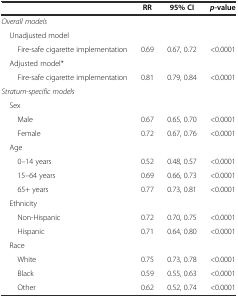
<table><thead><tr><td></td><td><b>RR</b></td><td><b>95% CI</b></td><td><b><i>p</i>-value</b></td></tr></thead><tbody><tr><td><i>Overall models</i></td><td></td><td></td><td></td></tr><tr><td> Unadjusted model</td><td></td><td></td><td></td></tr><tr><td>Fire-safe cigarette implementation</td><td>0.69</td><td>0.67, 0.72</td><td>&lt;0.0001</td></tr><tr><td> Adjusted model*</td><td></td><td></td><td></td></tr><tr><td>Fire-safe cigarette implementation</td><td>0.81</td><td>0.79, 0.84</td><td>&lt;0.0001</td></tr><tr><td><i>Stratum-specific models</i></td><td></td><td></td><td></td></tr><tr><td> Sex</td><td></td><td></td><td></td></tr><tr><td>Male</td><td>0.67</td><td>0.65, 0.70</td><td>&lt;0.0001</td></tr><tr><td>Female</td><td>0.72</td><td>0.67, 0.76</td><td>&lt;0.0001</td></tr><tr><td> Age</td><td></td><td></td><td></td></tr><tr><td>0–14 years</td><td>0.52</td><td>0.48, 0.57</td><td>&lt;0.0001</td></tr><tr><td>15–64 years</td><td>0.69</td><td>0.66, 0.73</td><td>&lt;0.0001</td></tr><tr><td>65+ years</td><td>0.77</td><td>0.73, 0.81</td><td>&lt;0.0001</td></tr><tr><td> Ethnicity</td><td></td><td></td><td></td></tr><tr><td>Non-Hispanic</td><td>0.72</td><td>0.70, 0.75</td><td>&lt;0.0001</td></tr><tr><td>Hispanic</td><td>0.71</td><td>0.64, 0.80</td><td>&lt;0.0001</td></tr><tr><td> Race</td><td></td><td></td><td></td></tr><tr><td>White</td><td>0.75</td><td>0.73, 0.78</td><td>&lt;0.0001</td></tr><tr><td>Black</td><td>0.59</td><td>0.55, 0.63</td><td>&lt;0.0001</td></tr><tr><td>Other</td><td>0.62</td><td>0.52, 0.74</td><td>&lt;0.0001</td></tr></tbody></table>